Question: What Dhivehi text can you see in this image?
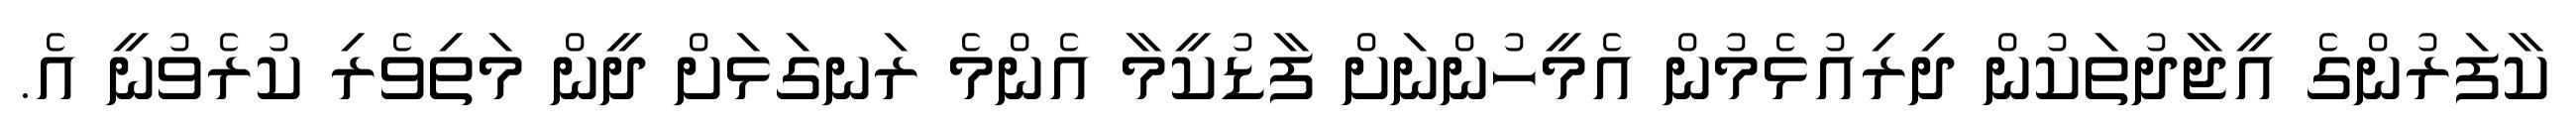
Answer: ކާފަރުންގެ އީޖާދުތަކުން ދިރިއުޅެމުން އެމީހުންނަށް ފާޑުކީމާ އެންމެ ރަނގަޅަށް ދީން މަތިވެރި ކުރެވުނީ އެ.